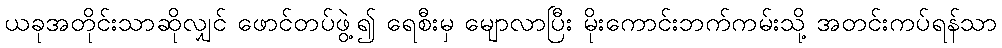
ယခုအတိုင်းသာဆိုလျှင် ဖောင်တပ်ဖွဲ့၍ ရေစီးမှ မျောလာပြီး မိုးကောင်းဘက်ကမ်းသို့ အတင်းကပ်ရန်သာ